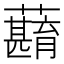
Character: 蘛